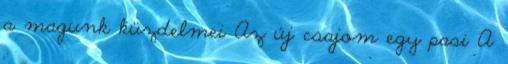
a magunk küzdelmei Az új csajom egy pasi A